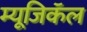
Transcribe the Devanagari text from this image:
म्यूजिकॅल